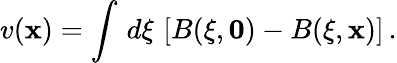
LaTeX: v({\mathbf x})=\int\, d\xi\, \left[B(\xi,{\mathbf 0})-B(\xi,{\mathbf x})\right]\, .